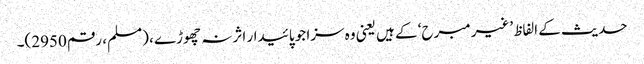
حدیث کے الفاظ ’غیر مبرح‘ کے ہیں یعنی وہ سزا جو پائیدار اثر نہ چھوڑے ، (مسلم، رقم 2950)۔